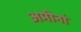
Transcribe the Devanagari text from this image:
अमीनां